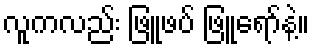
လူကလည်း ဖြူဖပ် ဖြူရော်နဲ့။